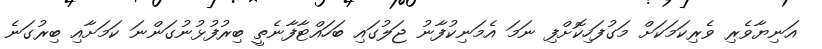
އަނިޔާވެރި ވެރިކަމަކަށް މަގުފަހިކޮށްފި ނަމަ އެމަނިކުފާނު ޖަލުގައި ބަހައްޓާފާނެތީ ބިރުފުޅުނުގަންނަ ކަމަށާއި ބިރުގަނެ